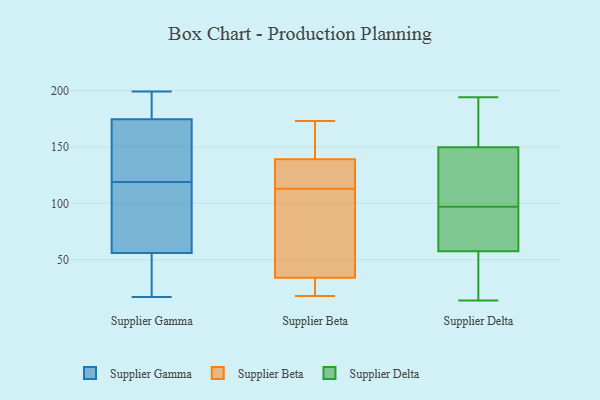
{"axis": {"x": "Revenue (USD Million)", "y": "Value"}, "legend": ["Supplier Beta", "Supplier Delta", "Supplier Gamma"], "data": [{"x": "", "y": 199, "type": "Supplier Gamma"}, {"x": "", "y": 17, "type": "Supplier Gamma"}, {"x": "", "y": 172, "type": "Supplier Gamma"}, {"x": "", "y": 80, "type": "Supplier Gamma"}, {"x": "", "y": 196, "type": "Supplier Gamma"}, {"x": "", "y": 110, "type": "Supplier Gamma"}, {"x": "", "y": 174, "type": "Supplier Gamma"}, {"x": "", "y": 20, "type": "Supplier Gamma"}, {"x": "", "y": 192, "type": "Supplier Gamma"}, {"x": "", "y": 59, "type": "Supplier Gamma"}, {"x": "", "y": 113, "type": "Supplier Gamma"}, {"x": "", "y": 46, "type": "Supplier Gamma"}, {"x": "", "y": 133, "type": "Supplier Gamma"}, {"x": "", "y": 53, "type": "Supplier Gamma"}, {"x": "", "y": 125, "type": "Supplier Gamma"}, {"x": "", "y": 175, "type": "Supplier Gamma"}, {"x": "", "y": 25, "type": "Supplier Beta"}, {"x": "", "y": 113, "type": "Supplier Beta"}, {"x": "", "y": 61, "type": "Supplier Beta"}, {"x": "", "y": 166, "type": "Supplier Beta"}, {"x": "", "y": 124, "type": "Supplier Beta"}, {"x": "", "y": 18, "type": "Supplier Beta"}, {"x": "", "y": 118, "type": "Supplier Beta"}, {"x": "", "y": 23, "type": "Supplier Beta"}, {"x": "", "y": 173, "type": "Supplier Beta"}, {"x": "", "y": 167, "type": "Supplier Beta"}, {"x": "", "y": 130, "type": "Supplier Beta"}, {"x": "", "y": 37, "type": "Supplier Beta"}, {"x": "", "y": 105, "type": "Supplier Beta"}, {"x": "", "y": 14, "type": "Supplier Delta"}, {"x": "", "y": 50, "type": "Supplier Delta"}, {"x": "", "y": 194, "type": "Supplier Delta"}, {"x": "", "y": 136, "type": "Supplier Delta"}, {"x": "", "y": 149, "type": "Supplier Delta"}, {"x": "", "y": 163, "type": "Supplier Delta"}, {"x": "", "y": 60, "type": "Supplier Delta"}, {"x": "", "y": 74, "type": "Supplier Delta"}, {"x": "", "y": 61, "type": "Supplier Delta"}, {"x": "", "y": 97, "type": "Supplier Delta"}, {"x": "", "y": 152, "type": "Supplier Delta"}, {"x": "", "y": 115, "type": "Supplier Delta"}, {"x": "", "y": 17, "type": "Supplier Delta"}, {"x": "", "y": 79, "type": "Supplier Delta"}, {"x": "", "y": 127, "type": "Supplier Delta"}, {"x": "", "y": 168, "type": "Supplier Delta"}, {"x": "", "y": 37, "type": "Supplier Delta"}]}